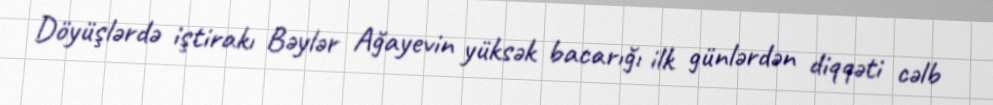
Döyüşlərdə iştirakı Bəylər Ağayevin yüksək bacarığı ilk günlərdən diqqəti cəlb